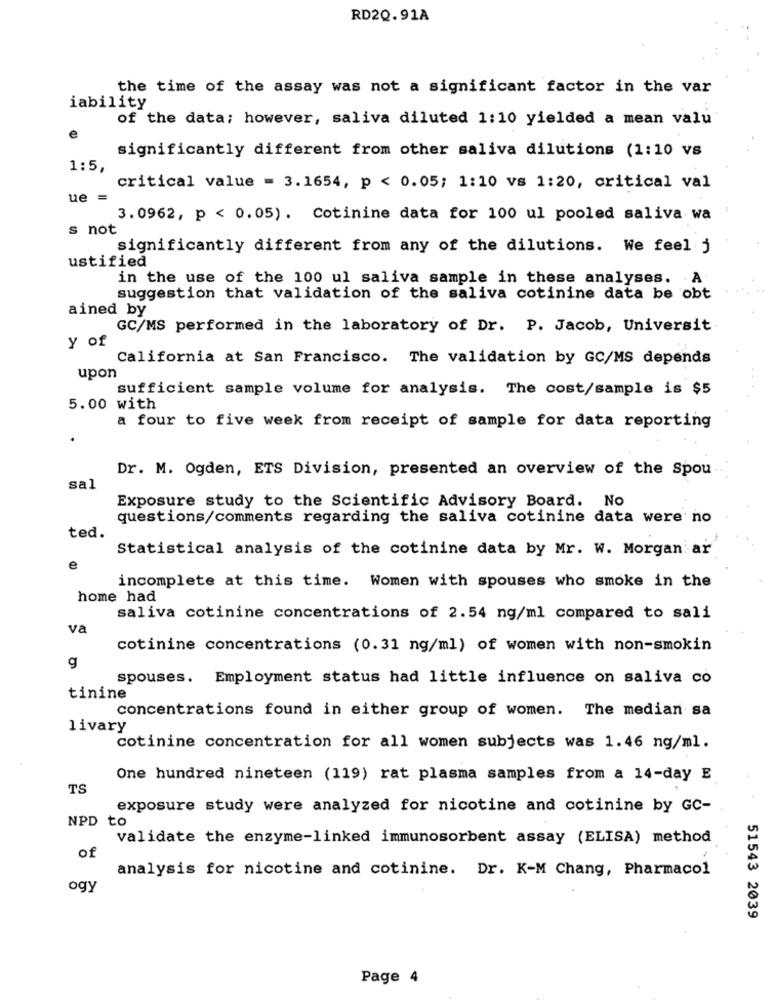
RD2Q.91A
the time of the assay was not a significant factor in the var
iability
of the data; however, saliva diluted 1:10 yielded a mean valu
e
significantly different from other saliva dilutions (1:10 vs
1:5,
critical value = 3.1654, p < 0.05; 1:10 vs 1:20, critical val
ue
3.0962, p < 0.05). Cotinine data for 100 ul pooled saliva wa
s not
significantly different from any of the dilutions. We feel j
ustified
in the use of the 100 ul saliva sample in these analyses. A
suggestion that validation of the saliva cotinine data be obt
ained by
GC/MS performed in the laboratory of Dr. P. Jacob, Universit
y of
California at San Francisco. The validation by GC/MS depends
upon
sufficient sample volume for analysis. The cost/sample is $5
5.00 with
a four to five week from receipt of sample for data reporting
.
Dr. M. Ogden, ETS Division, presented an overview of the Spou
sal
Exposure study to the Scientific Advisory Board. No
questions/comments regarding the saliva cotinine data were no
ted.
Statistical analysis of the cotinine data by Mr. W. Morgan ar
e
incomplete at this time. Women with spouses who smoke in the
home had
saliva cotinine concentrations of 2.54 ng/ml compared to sali
va
cotinine concentrations (0.31 ng/ml) of women with non-smokin
g
spouses. Employment status had little influence on saliva co
tinine
concentrations found in either group of women. The median sa
livary
cotinine concentration for all women subjects was 1.46 ng/ml.
One hundred nineteen (119) rat plasma samples from a 14-day E
TS
exposure study were analyzed for nicotine and cotinine by GC-
NPD to
validate the enzyme-linked immunosorbent assay (ELISA) method
of
analysis for nicotine and cotinine. Dr. K-M Chang, Pharmacol
ogy
51543 2039
Page 4